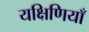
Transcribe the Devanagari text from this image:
यक्षिणियाँ